65_HS1-834228961_62-HQ-83894_Section_6
Agency: FBI
Page 18
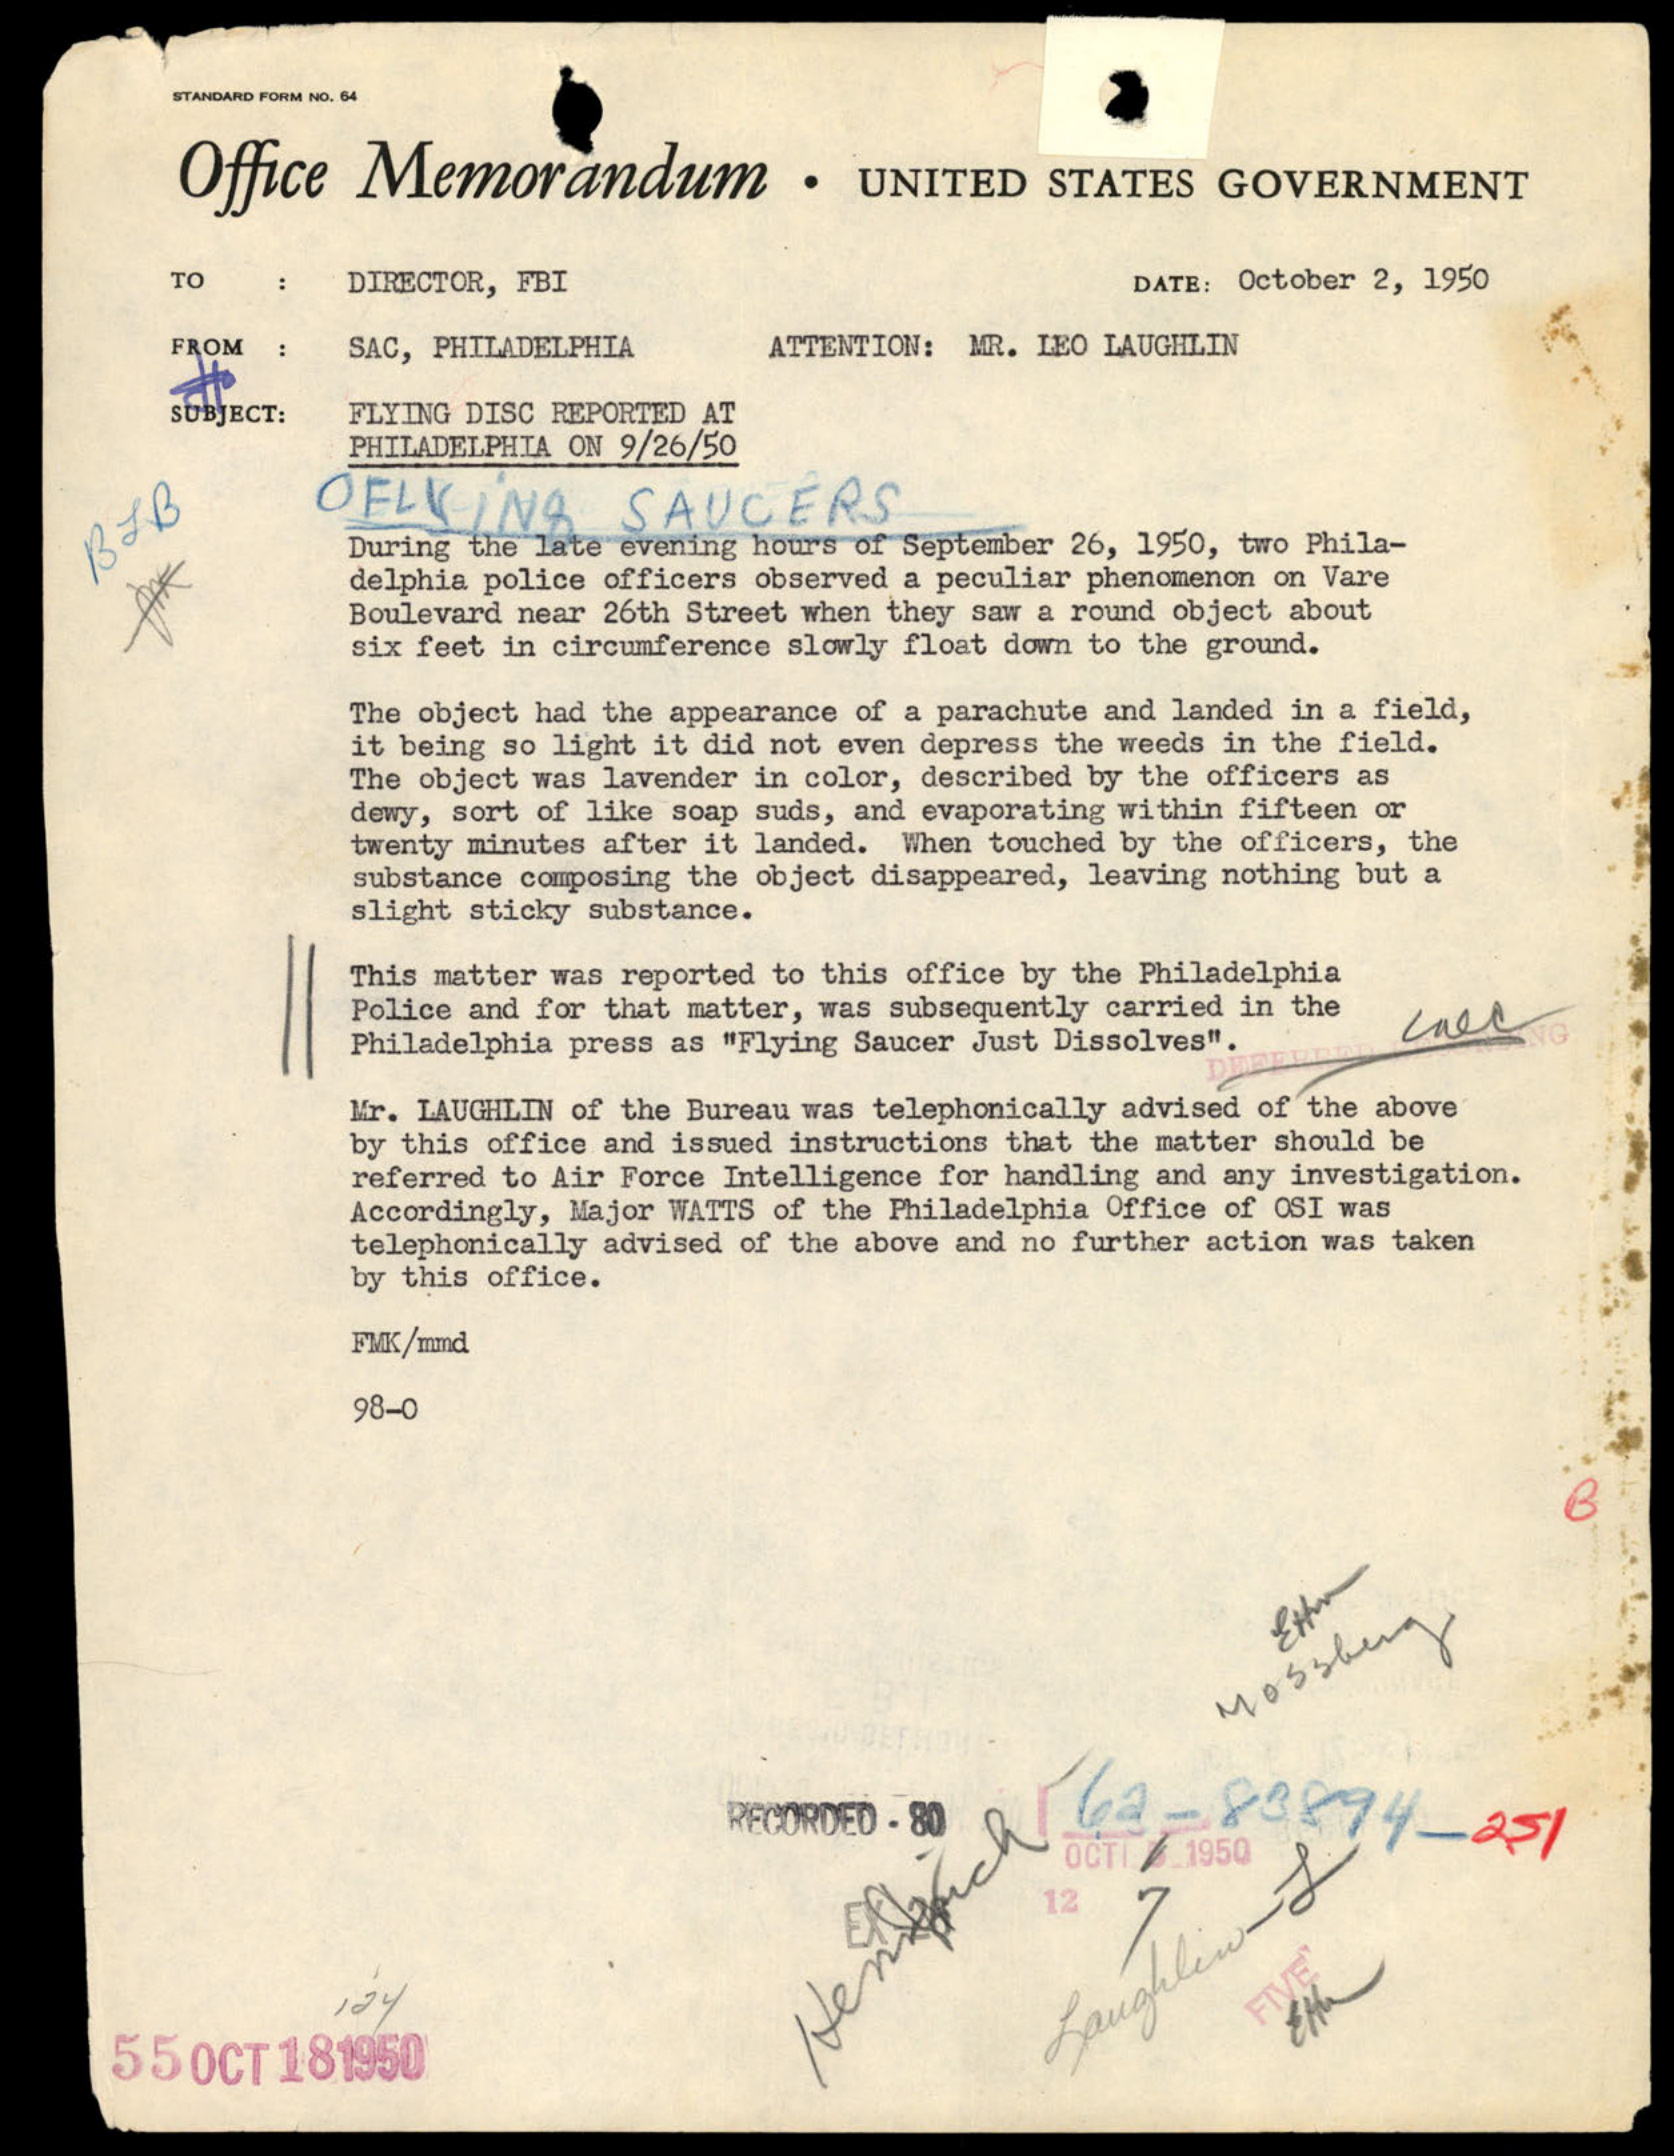